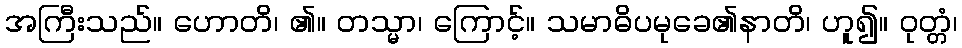
အကြီးသည်။ ဟောတိ၊ ၏။ တသ္မာ၊ ကြောင့်။ သမာဓိပမုခေ၏နာတိ၊ ဟူ၍။ ဝုတ္တံ၊